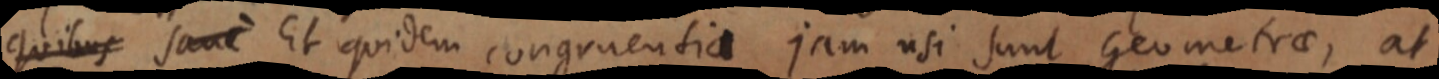
quibus sane Et quidem congruentia jam usi sunt Geometrae, at